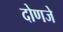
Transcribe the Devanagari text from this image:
दोणजे